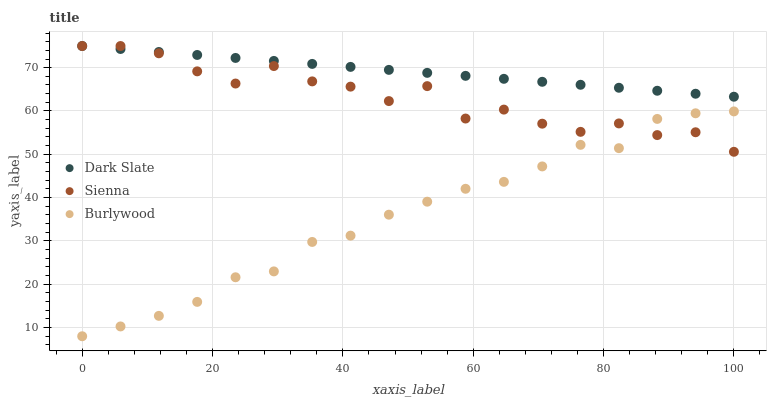
| xaxis_label | Dark Slate | Sienna | Burlywood |
 | --- | --- | --- | --- |
 | 0 | 75 | 75 | 8 |
 | 5.88 | 74.3 | 75 | 10.3 |
 | 11.8 | 73.6 | 73.3 | 12.7 |
 | 17.6 | 72.9 | 69.2 | 15.9 |
 | 23.5 | 72.2 | 66.3 | 21.6 |
 | 29.4 | 71.6 | 70.4 | 23 |
 | 35.3 | 70.9 | 66.8 | 29.8 |
 | 41.2 | 70.2 | 65.6 | 31.2 |
 | 47.1 | 69.5 | 62.3 | 36.1 |
 | 52.9 | 68.8 | 65.7 | 39.1 |
 | 58.8 | 68.1 | 58.3 | 42 |
 | 64.7 | 67.4 | 60.3 | 43.6 |
 | 70.6 | 66.7 | 57.1 | 47.2 |
 | 76.5 | 66 | 55.2 | 52.2 |
 | 82.4 | 65.4 | 57.1 | 51.4 |
 | 88.2 | 64.7 | 54.4 | 58.2 |
 | 94.1 | 64 | 55.1 | 59.5 |
 | 100 | 63.3 | 50.6 | 59.9 |